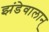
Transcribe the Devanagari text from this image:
झंडेवालान्